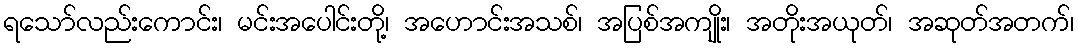
ရသော်လည်းကောင်း၊ မင်းအပေါင်းတို့၊ အဟောင်းအသစ်၊ အပြစ်အကျိုး၊ အတိုးအယုတ်၊ အဆုတ်အတက်၊